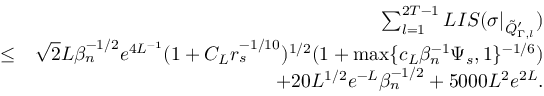
\begin{array} { r l r } & { } & { \sum _ { l = 1 } ^ { 2 T - 1 } L I S ( \sigma | _ { \tilde { Q } _ { \Gamma , l } ^ { \prime } } ) } \\ & { \leq } & { \sqrt { 2 } L \beta _ { n } ^ { - 1 \slash 2 } e ^ { 4 L ^ { - 1 } } ( 1 + C _ { L } r _ { s } ^ { - 1 \slash 1 0 } ) ^ { 1 \slash 2 } ( 1 + \operatorname* { m a x } \{ c _ { L } \beta _ { n } ^ { - 1 } \Psi _ { s } , 1 \} ^ { - 1 \slash 6 } ) } \\ & { } & { + 2 0 L ^ { 1 \slash 2 } e ^ { - L } \beta _ { n } ^ { - 1 \slash 2 } + 5 0 0 0 L ^ { 2 } e ^ { 2 L } . } \end{array}